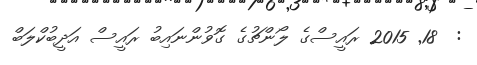
:  18